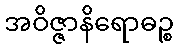
အဝိဇ္ဇာနိရောဓဉ္စ